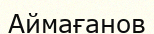
Аймағанов